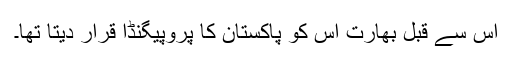
اس سے قبل بھارت اس کو پاکستان کا پروپیگنڈا قرار دیتا تھا۔